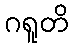
ဂရူတိ